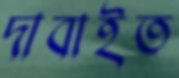
দাবাইত